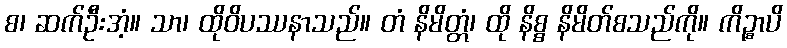
စ၊ ဆက်ဦးအံ့။ သာ၊ ထိုဝိပဿနာသည်။ တံ နိမိတ္တံ၊ ထို နိစ္စ နိမိတ်စသည်ကို။ ကိဉ္စာပိ